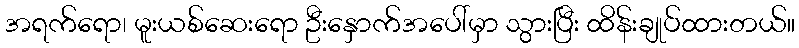
အရက်ရော၊ မူးယစ်ဆေးရော ဦးနှောက်အပေါ်မှာ သွားပြီး ထိန်းချုပ်ထားတယ်။